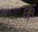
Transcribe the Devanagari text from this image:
क्क